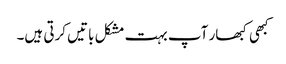
کبھی کبھار آپ بہت مشکل باتیں کرتی ہیں۔